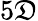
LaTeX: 5\mathfrak{D}